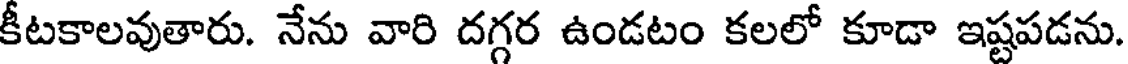
కీటకాలవుతారు. నేను వారి దగ్గర ఉండటం కలలో కూడా ఇష్టపడను.